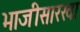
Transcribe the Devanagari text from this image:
भाजीसारखा